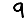
Digit: 9